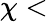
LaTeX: \chi<